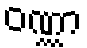
ဝဏ္ဏာ